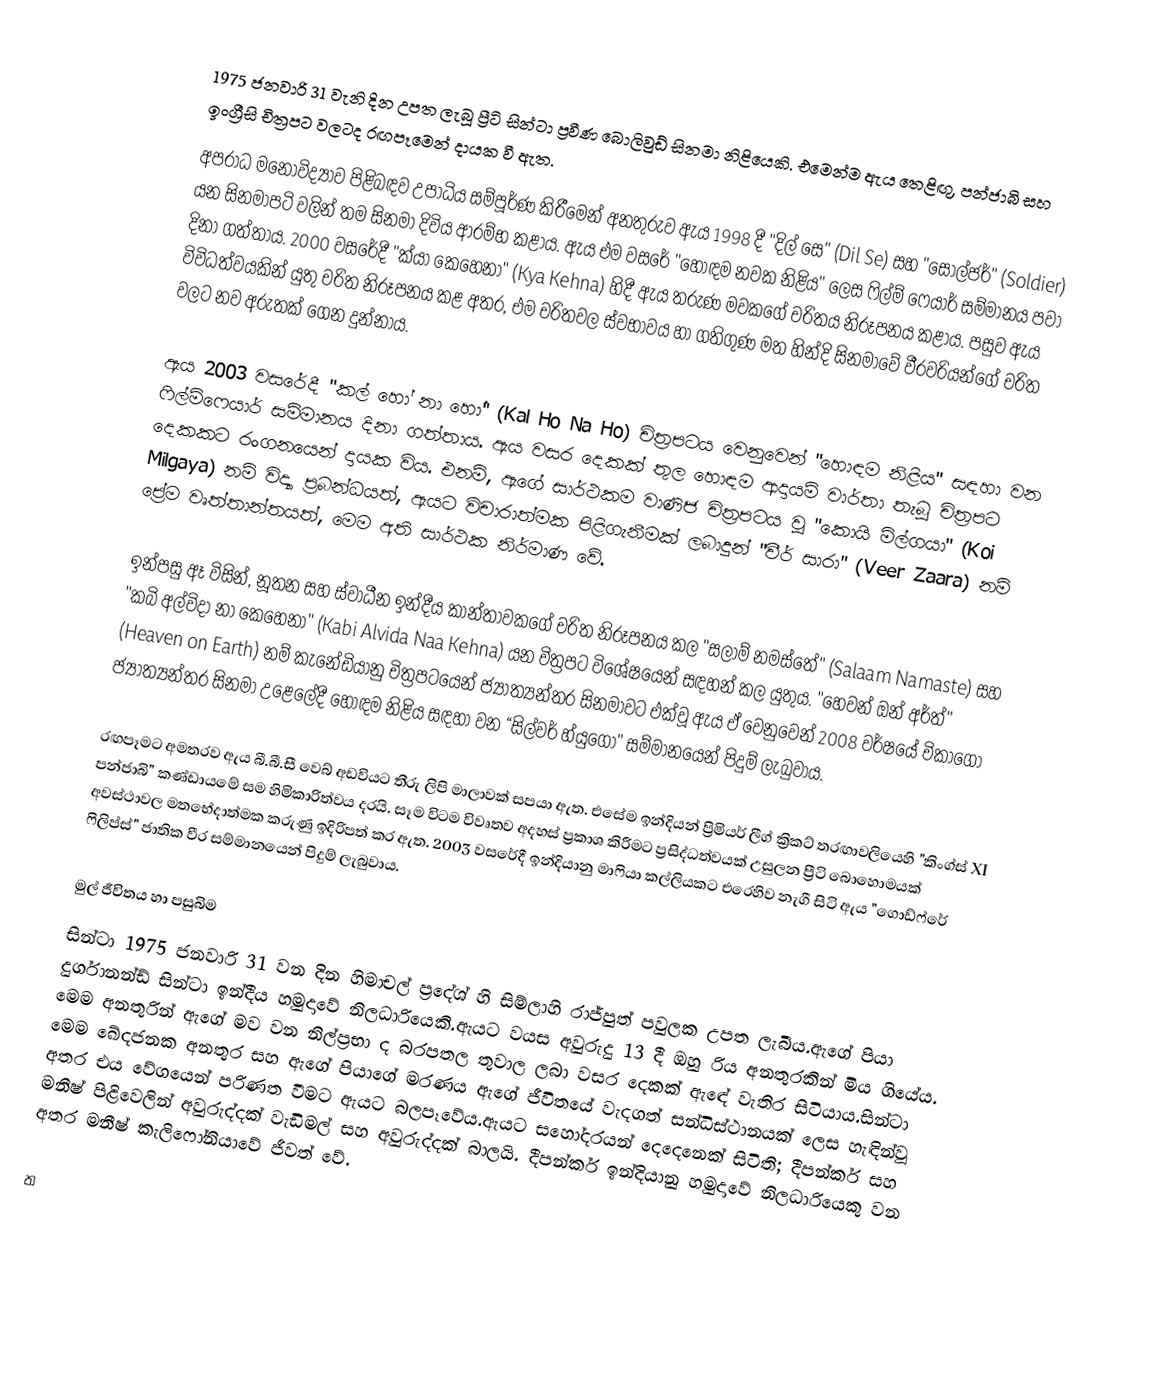
1975 ජනවාරි 31 වැනි දින උපත ලැබූ ප්‍රීටි සින්ටා ප්‍රවීණ බොලිවුඩ් සිනමා නිළියෙකි. එමෙන්ම ඇය තෙළිඟු, පන්ජාබි සහ ඉංග්‍රීසි චිත්‍රපට වලටද රඟපෑමෙන් දායක වී ඇත.
අපරාධ මනෝවිද්‍යාව  පිළිබඳව උපාධිය සම්පූර්ණ කිරීමෙන් අනතුරුව ඇය 1998 දී "දිල් සෙ" (Dil Se) සහ "සෝල්ජර්" (Soldier) යන සිනමාපටි වලින් තම සිනමා දිවිය ආරම්භ කළාය. ඇය එම වසරේ "හොඳම නවක නිළිය" ලෙස ෆිල්ම් ෆෙයාර් සම්මානය පවා දිනා ගත්තාය. 2000 වසරේදී "ක්යා කෙහෙනා" (Kya Kehna) හිදී ඇය තරුණ මවකගේ චරිතය නිරූපනය කළාය. පසුව ඇය විවිධත්වයකින් යුතු චරිත නිරූපනය කළ අතර, එම චරිතවල ස්වභාවය හා ගතිගුණ මත හින්දි සිනමාවේ වීරවරියන්ගේ චරිත වලට නව අරුතක් ගෙන දුන්නාය.

ඇය 2003 වසරේදී "කල් හෝ නා හෝ" (Kal Ho Na Ho) චිත්‍රපටය වෙනුවෙන් "හොඳම නිළිය" සඳහා වන ෆිල්ම්ෆෙයාර් සම්මානය දිනා ගත්තාය. ඇය වසර දෙකක් තුල හොඳම ආදායම් වාර්තා තැබූ චිත්‍රපට දෙකකට රංගනයෙන් දායක විය. එනම්, ඇගේ සාර්ථකම වාණිජ චිත්‍රපටය වූ "කොයි මිල්ගයා" (Koi Milgaya) නම් විද්‍යා ප්‍රබන්ධයත්, ඇයට විචාරාත්මක පිළිගැනීමක් ලබාදුන් "වීර් සාරා" (Veer Zaara) නම් ප්‍රේම වෘත්තාන්තයත්, මෙම අති සාර්ථක නිර්මාණ වේ.

ඉන්පසු ඈ විසින්, නූතන සහ ස්වාධීන ඉන්දීය කාන්තාවකගේ චරිත නිරූපනය කල "සලාම් නමස්තේ" (Salaam Namaste) සහ "කබි අල්විදා නා කෙහෙනා" (Kabi Alvida Naa Kehna) යන චිත්‍රපට විශේෂයෙන් සඳහන් කල යුතුය. "හෙවන් ඔන් අර්ත්" (Heaven on Earth) නම් කැනේඩියානු චිත්‍රපටයෙන් ජ්‍යාත්‍යන්තර සිනමාවට එක්වූ ඇය ඒ වෙනුවෙන් 2008 වර්ෂයේ චිකාගෝ ජ්‍යාත්‍යන්තර සිනමා උළෙලේදී හොඳම නිළිය සඳහා වන “සිල්වර් හ්යුගෝ" සම්මානයෙන් පිදුම් ලැබුවාය.

රඟපෑමට අමතරව ඇය බී.බී.සී වෙබ් අඩවියට තීරු ලිපි මාලාවක් සපයා ඇත. එසේම ඉන්දියන් ප්‍රිමියර් ලීග් ක්‍රිකට් තරඟාවලියෙහි "කිංග්ස් XI පන්ජාබි" කණ්ඩායමේ සම හිමිකාරිත්වය දරයි. සෑම විටම විවෘතව අදහස් ප්‍රකාශ කිරීමට ප්‍රසිද්ධත්වයක් උසුලන ප්‍රීටි බොහොමයක් අවස්ථාවල මතභේදාත්මක කරුණු ඉදිරිපත් කර ඇත. 2003 වසරේදී ඉන්දියානු මාෆියා කල්ලියකට එරෙහිව නැගී සිටි ඇය "ගොඩ්ෆ්රේ ෆිලිප්ස්" ජාතික වීර සම්මානයෙන් පිදුම් ලැබුවාය.

මුල් ජීවිතය හා පසුබිම
සින්ටා 1975 ජනවාරි 31 වන දින හිමාචල් ප්‍රදේශ් හි සිම්ලාහි රාජ්පුත් පවුලක උපත ලැබීය.ඇගේ පියා දුර්ගානන්ඩ් සින්ටා ඉන්දීය හමුදාවේ නිලධාරියෙකි.ඇයට වයස අවුරුදු 13 දී ඔහු රිය අනතුරකින් මිය ගියේය. මෙම අනතුරින් ඇගේ මව වන නිල්ප්‍රභා ද බරපතල තුවාල ලබා වසර දෙකක් ඇඳේ වැතිර සිටියාය.සින්ටා මෙම ඛේදජනක අනතුර සහ ඇගේ පියාගේ මරණය ඇගේ ජීවිතයේ වැදගත් සන්ධිස්ථානයක් ලෙස හැඳින්වූ අතර එය වේගයෙන් පරිණත වීමට ඇයට බලපෑවේය.ඇයට සහෝදරයන් දෙදෙනෙක් සිටිති; දීපන්කර් සහ මනීෂ් පිළිවෙලින් අවුරුද්දක් වැඩිමල් සහ අවුරුද්දක් බාලයි. දීපන්කර් ඉන්දියානු හමුදාවේ නිලධාරියෙකු වන අතර මනීෂ් කැලිෆෝනියාවේ ජීවත් වේ.

ත